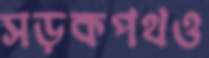
সড়কপথও